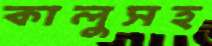
কালুসহ